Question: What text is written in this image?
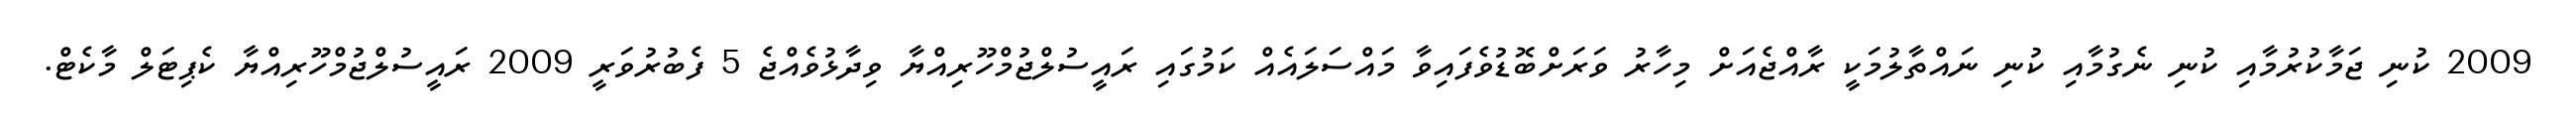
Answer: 2009 ކުނި ޖަމާކުރުމާއި ކުނި ނެގުމާއި ކުނި ނައްތާލުމަކީ ރާއްޖެއަށް މިހާރު ވަރަށްބޮޑުވެފައިވާ މައްސަލައެއް ކަމުގައި ރައީސުލްޖުމްހޫރިއްޔާ ވިދާޅުވެއްޖެ 5 ފެބުރުވަރީ 2009 ރައީސުލްޖުމްހޫރިއްޔާ ކެޕިޓަލް މާކެޓް.